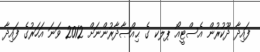
ފައިދާ ދޫކުރުން އެސްޓީއޯ ޕލކ ގެ ޙިއްޞާދާރުންނަށް 2012 ވަނަ އަހަރުގެ ފައިދާ